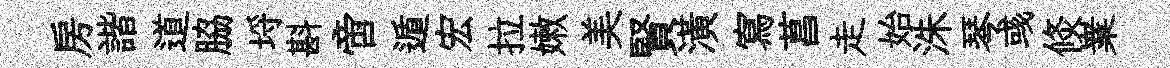
房諧道脇埓斟啻遁宏拉嫩美賢潢寫菖走始洙琴彧倐嶪